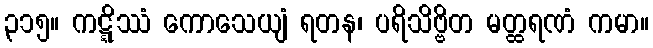
၃၁၅။ ကဋ္ဋိဿံ ကောသေယျံ ရတန၊ ပရိသိဗ္ဗိတ မတ္ထရဏံ ကမာ။